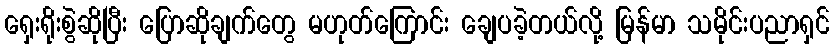
ရှေးရိုးစွဲဆိုပြီး ပြောဆိုချက်တွေ မဟုတ်ကြောင်း ချေပခဲ့တယ်လို့ မြန်မာ သမိုင်းပညာရှင်